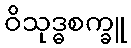
ဝိသုဒ္ဓစက္ခူ